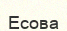
Есова